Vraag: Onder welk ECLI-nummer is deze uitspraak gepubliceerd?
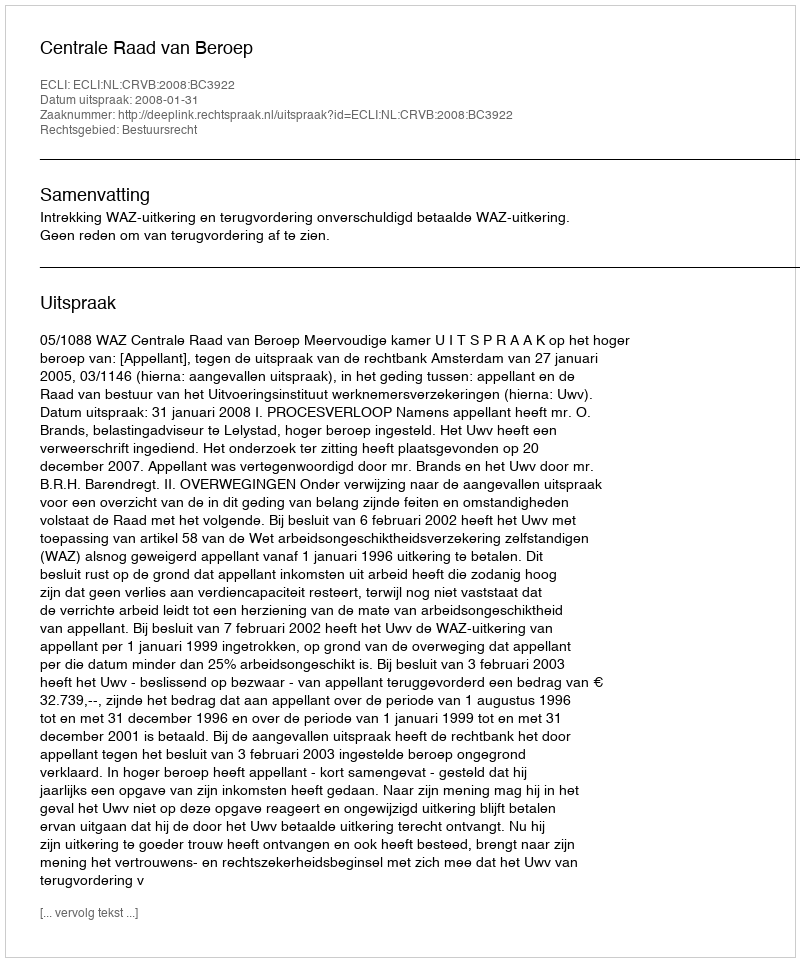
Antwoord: ECLI:NL:CRVB:2008:BC3922